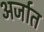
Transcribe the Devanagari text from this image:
अर्जात